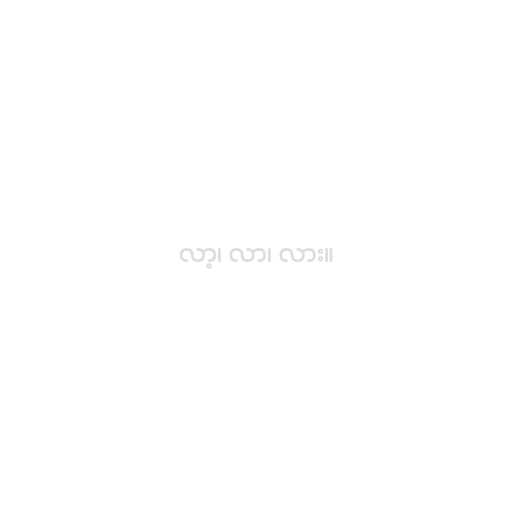
လာ့၊ လာ၊ လား။